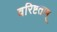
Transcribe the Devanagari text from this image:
वरिष्टताम्